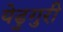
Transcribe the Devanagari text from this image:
येडुगुरी